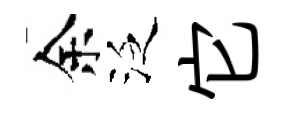
余泛它